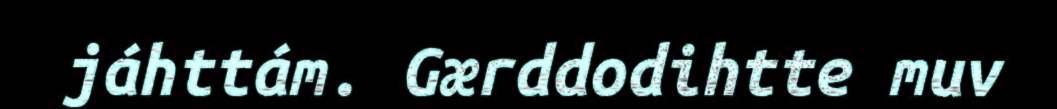
jáhttám. Gærddodihtte muv